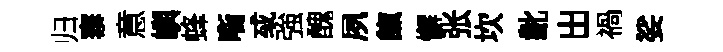
归寨意嶼蜂㗸㦯強醜夙餼懈张坎齔出禍娑